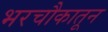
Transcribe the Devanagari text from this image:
भरचौकातून